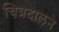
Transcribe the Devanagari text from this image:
चित्रदालने